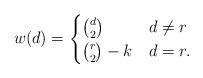
LaTeX: \begin{align*}w(d) = \begin{cases}\binom{d}{2} & d \ne r\\ \binom{r}{2} - k & d=r. \end{cases}\end{align*}